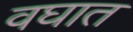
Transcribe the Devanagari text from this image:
वघात